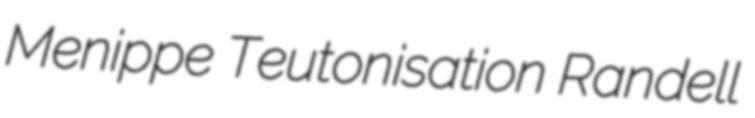
Menippe Teutonisation Randell